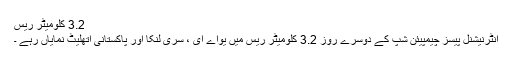
3.2 کلومیٹر ریس
انٹرنیشنل پیسز چیمپیئن شپ کے دوسرے روز 3.2 کلومیٹر ریس میں یواے ای ، سری لنکا اور پاکستانی اتھلیٹ نمایاں رہے ۔